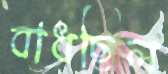
বাধছিল